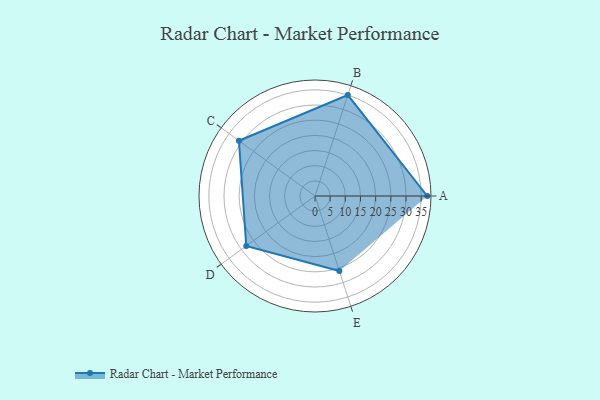
{"axis": {"x": "Skill", "y": "Score"}, "legend": ["Profile"], "data": [{"x": "A", "y": 37.0, "type": "Profile"}, {"x": "B", "y": 35.0, "type": "Profile"}, {"x": "C", "y": 31.0, "type": "Profile"}, {"x": "D", "y": 28.0, "type": "Profile"}, {"x": "E", "y": 26.0, "type": "Profile"}]}